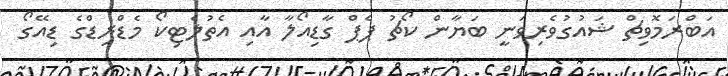
އަބްރަމޮވިޗް ޝައުގުވެރިވަނީ ބަޔާން ކޯޗު ޕެޕް ގާޑިއޯލާ އާއި އެތުލެޓިކޯ މެޑްރިޑްގެ ޑިއޭގޯ